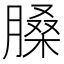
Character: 𦟄